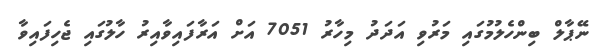
ނޭޕާލް ބިންހެލުމުގައި މަރުވި އަދަދު މިހާރު 7051 އަށް އަރާފައިވާއިރު ހާލުގައި ޖެހިފައިވާ